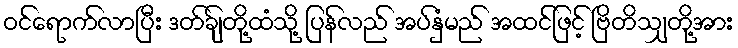
ဝင်ရောက်လာပြီး ဒတ်ချ်တို့ထံသို့ ပြန်လည် အပ်နှံမည် အထင်ဖြင့် ဗြိတိသျှတို့အား